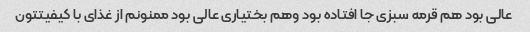
عالی بود هم قرمه سبزی جا افتاده بود وهم بختیاری عالی بود ممنونم از غذای با کیفیتتون